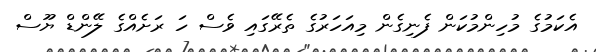
އެކަމުގެ މުހިންމުކަން ފެނިގެން މިއަހަރުގެ ތެރޭގައި ވެސް ހަ ރަށެއްގެ ލޭންޑް ޔޫސް